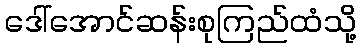
ဒေါ်အောင်ဆန်းစုကြည်ထံသို့